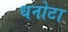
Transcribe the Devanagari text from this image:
धनोटा